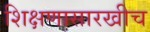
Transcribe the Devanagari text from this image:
शिक्षणासारखीच